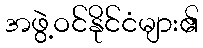
အဖွဲ့ဝင်နိုင်ငံများ၏